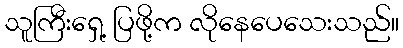
သူကြီးရှေ့ ပြဖို့က လိုနေပေသေးသည်။